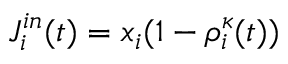
J _ { i } ^ { i n } ( t ) = x _ { i } ( 1 - \rho _ { i } ^ { \kappa } ( t ) )